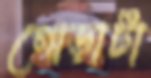
গোড়াটা